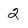
Character: 2